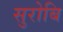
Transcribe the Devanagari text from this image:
सुरोबि